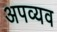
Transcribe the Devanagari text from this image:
अपव्यव